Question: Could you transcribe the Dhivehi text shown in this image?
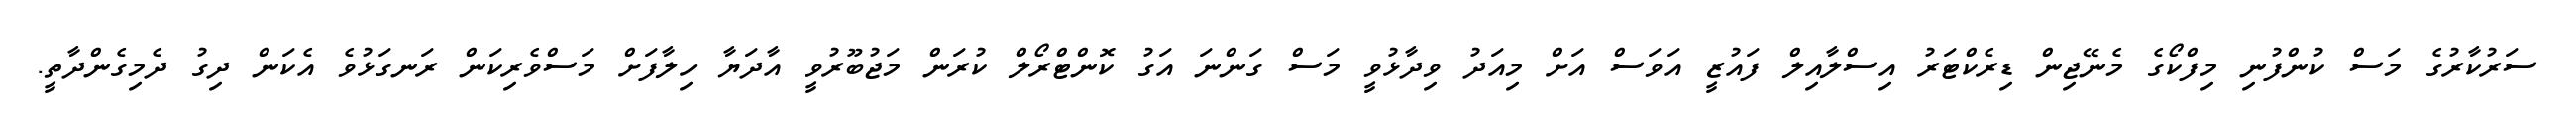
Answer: ސަރުކާރުގެ މަސް ކުންފުނި މިފްކޯގެ މެނޭޖިން ޑިރެކްޓަރު އިސްލާއިލް ފައުޒީ އަވަސް އަށް މިއަދު ވިދާޅުވީ މަސް ގަންނަ އަގު ކޮންޓްރޯލް ކުރަން މަޖުބޫރުވީ އާދަޔާ ހިލާފަށް މަސްވެރިކަން ރަނގަޅުވެ އެކަން ދިގު ދެމިގެންދާތީ.